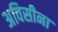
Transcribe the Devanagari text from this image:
अविसीना